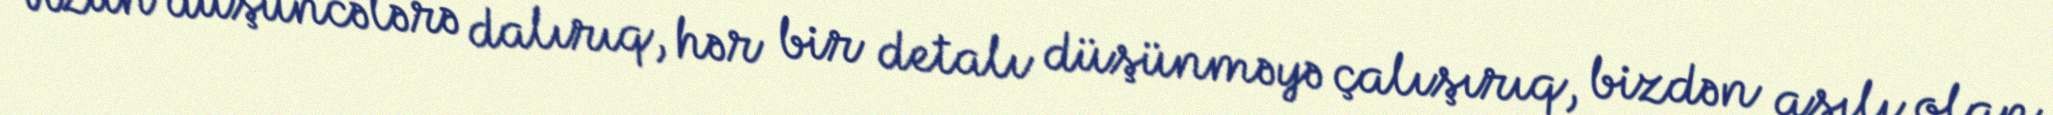
Uzun düşüncələrə dalırıq, hər bir detalı düşünməyə çalışırıq, bizdən asılı olan